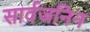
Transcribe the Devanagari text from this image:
सार्वजनिन